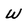
Character: W